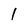
Character: 1